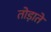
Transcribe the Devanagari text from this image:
तोड़ाते